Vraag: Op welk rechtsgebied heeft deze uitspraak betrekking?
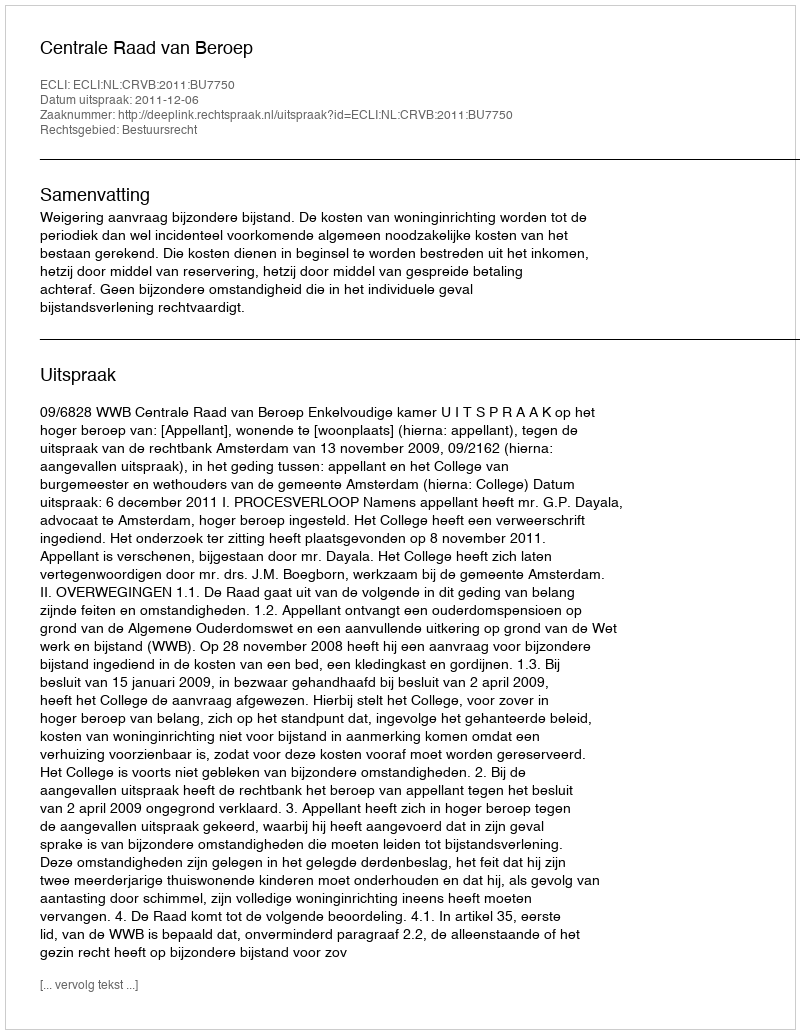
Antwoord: Bestuursrecht